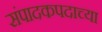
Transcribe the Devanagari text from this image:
संपादकपदाच्या